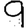
Digit: 9